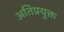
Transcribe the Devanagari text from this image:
अतिप्रयुक्त